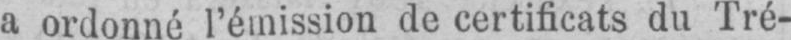
a ordonné l’émission de certificats du Tré-